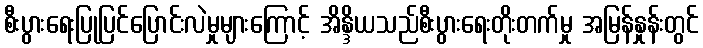
စီးပွားရေးပြုပြင်ပြောင်းလဲမှုများကြောင့် အိန္ဒိယသည်စီးပွားရေးတိုးတက်မှု အမြန်နှုန်းတွင်